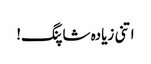
اتنی زیادہ شاپنگ!